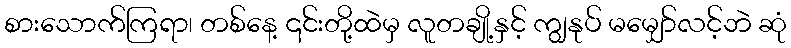
စားသောက်ကြရာ၊ တစ်နေ့ ၎င်းတို့ထဲမှ လူတချို့နှင့် ကျွနုပ် မမျှော်လင့်ဘဲ ဆုံ